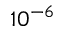
1 0 ^ { - 6 }